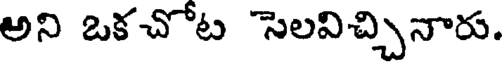
అని ఒకచోట సెలవిచ్చినారు.